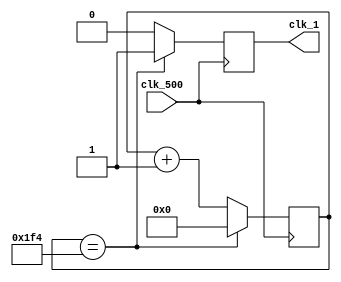
`timescale 1ns / 1ps
//////////////////////////////////////////////////////////////////////////////////
// Company: 
// Engineer: 
// 
// Design Name: 
// Module Name: Lab7
// Project Name: 
// Target Devices: 
// Tool Versions: 
// Description: 
// 
// Dependencies: 
// 
// Revision:
// Revision 0.01 - File Created
// Additional Comments:
// 
//////////////////////////////////////////////////////////////////////////////////
module Clock_divider_1(clk_500,clk_1);
reg [8:0]counter;
input clk_500;
output clk_1;
reg clk_1;

initial begin
counter<=9'b0;
end

always@(posedge clk_500) begin
if (counter==9'd500)
    begin
        counter<=9'b0;
        clk_1=1;
    end
else
    begin
        counter<=counter+1;
        clk_1=0;
    end
end

endmodule

module Clock_divider_500(clk_100M,clk_500);
reg [17:0]counter;
input clk_100M;
output clk_500;
reg clk_500;

initial begin
counter<=18'b0;
end

always@(posedge clk_100M) begin
if (counter==18'd200000)
    begin
        counter<=18'b0;
        clk_500=1;
    end
else
    begin
        counter<=counter+1;
        clk_500=0;
    end
end

endmodule

module four_bit_Ring_Counter(clock, Q);
input clock;
output [3:0] Q;
reg [3:0] Q;
reg [1:0] q;

initial begin
q<=0;
end

always @ (posedge clock)
 q <= q + 1;

always @ (q)
begin
case(q)
    2'b00: Q<=4'b0111;
    2'b01: Q<=4'b1011;
    2'b10: Q<=4'b1101;
    2'b11: Q<=4'b1110;
    default:  Q<=4'b0111;
endcase
end
endmodule

module SSDDriver(Q, Cathodes);
input [3:0]Q;
output reg [6:0] Cathodes; 
reg a,b,c,d,e,f,g;
always @(Q) begin 
case (Q) 
0:  begin a=0;b=0;c=0;d=0;e=0;f=0;g=1; end
1:  begin a=1;b=0;c=0;d=1; e=1; f=1; g=1; end
2:  begin a=0;b=0;d=0;e=0;g=0;c=1; f=1; end
3:  begin a=0;b=0;c=0;d=0;g=0;e=1; f=1; end
4:  begin a=1;b=0;c=0;g=0;e=1; d=1; f=0; end
5:  begin a=0;c=0;d=0;g=0;f=0;b=1; e=1; end
6:  begin a=0;g=0;b=1;c=0;d=0;e=0;f=0; end
7:  begin a=0;b=0;c=0; d=1; e=1; f=1; g=1; end
8:  begin a=0;b=0;c=0;d=0;e=0;f=0; g=0; end
9:  begin a=0;b=0;c=0;f=0;g=0; d=0; e=1; end
default  begin  a=0;b=0;c=0;d=0;e=0;f=0;g=0; end
endcase 
Cathodes={a,b,c,d,e,f,g};
end
endmodule

module Step1timer(clk_1,Q3,Q2,Q1,Q0,over);
input clk_1;
output [3:0]Q3;
output [3:0]Q2;
output [3:0]Q1;
output [3:0]Q0;
output over;
reg [3:0]Q3;
reg [3:0]Q2;
reg [3:0]Q1;
reg [3:0]Q0;
reg [3:0]state;
reg over;



initial begin
state<=4'b0;
over<=0;
end


always @(posedge clk_1)
begin
if(state==4'd8)
        begin
            over=1;
        end
    else
        begin 
            state<=state+4'd1;
        end
end

always@* begin
case(state)
4'd0:  begin Q3=4'b0101; Q2=4'b0001; Q1=4'b0110; Q0=4'b0011; end
4'd1:  begin Q3=4'b0001; Q2=4'b0110; Q1=4'b0011; Q0=4'b0111; end
4'd2:  begin Q0=4'b0000; Q3=4'b0110; Q2=4'b0011; Q1=4'b0111; end
4'd3:  begin Q1=4'b0000; Q0=4'b1001; Q3=4'b0011; Q2=4'b0111; end
4'd4:  begin Q2=4'b0000; Q1=4'b1001; Q0=4'b0001; Q3=4'b0111; end
4'd5:  begin Q3=4'b0000; Q2=4'b1001; Q1=4'b0001; Q0=4'b0000; end
4'd6:  begin Q0=4'b0000; Q3=4'b1001; Q2=4'b0001; Q1=4'b0000; end
4'd7:  begin Q1=4'b0000; Q0=4'b1000; Q3=4'b0001; Q2=4'b0000; end
4'd8:  begin Q2=4'b0000; Q1=4'b1000; Q0=4'b0101; Q3=4'b0000; end
 default begin Q3=4'b0101; Q2=4'b0001; Q1=4'b0110; Q0=4'b0011; end
    endcase
end


endmodule
















module result(ring,Q,Cathodes);
input [3:0] ring;
input [3:0] Q;
output reg [6:0] Cathodes;
wire [6:0] cathodes;
reg [3:0] q;
always @(Q)begin
if (Q[3]==1) q=~Q+4'b0001;
else q=Q;
end
SSDDriver S(q, cathodes);
always @(ring)begin
case (ring) 
4'b0111: Cathodes=7'b1111111;
4'b1011: Cathodes=7'b1111111;
4'b1101: begin
if (Q[3]==1) Cathodes=7'b1111110;
else Cathodes=7'b1111111;
end
4'b1110: Cathodes=cathodes;
default Cathodes=7'b1111111;
endcase 
end
endmodule




module lab7_second(a,b,c,d,clock,ring,enter,Cathodes,overflow);
input clock,a,b,c,d,enter;
input [3:0] ring;
output [6:0] Cathodes;
output overflow;
reg overflow,aa, A, B, C, D;
reg [4:0] K;
initial begin K=5'b00000; {A,B,C,D}=4'b0000; overflow=0; end
always @(posedge enter)begin
if (enter==1)begin
{A,B,C,D}<=K[3:0];
K<={1'b0,K[3:0]}+{1'b0,a,b,c,d};
aa<=a;
end
end
always @(K)
overflow<=K[4]^(K[3]-aa-A);
result R(ring,K[3:0],Cathodes);
endmodule


























module Step1(clk_100M,A0, A1, A2, A3, a,b,c,d,e,f,g,over,in1,in2,in3,in4,enter,overflow);
input clk_100M;
input enter;
input in1,in2,in3,in4;
output A0, A1, A2, A3;
output a,b,c,d,e,f,g;
output over;
output overflow;
wire A0, A1, A2, A3;
wire clk_500,clk_1;
reg a,b,c,d,e,f,g;
wire [3:0]Q3;
wire [3:0]Q2;
wire [3:0]Q1;
wire [3:0]Q0;
wire [6:0]Cathodes0;
wire [6:0]Cathodes1;
wire [6:0]Cathodes2;
wire [6:0]Cathodes3;
wire [6:0]Cathodes;
wire over;
Clock_divider_500 UUT(clk_100M,clk_500);
Clock_divider_1 UUT1(clk_500,clk_1);
four_bit_Ring_Counter UUT2(clk_500,{A0,A1,A2,A3});
Step1timer UUT7(clk_1,Q3,Q2,Q1,Q0,over);
SSDDriver UUT3(Q0,Cathodes0);
SSDDriver UUT4(Q1,Cathodes1);
SSDDriver UUT5(Q2,Cathodes2);
SSDDriver UUT6(Q3,Cathodes3);
lab7_second UUT8 (in1,in2,in3,in4,clk_500,{A0,A1,A2,A3},enter,Cathodes,overflow);
always @({A0, A1, A2, A3}) begin
if ({A0, A1, A2, A3}==4'b0111)
begin
if (over==0)
begin
{a,b,c,d,e,f,g}=Cathodes3;
end
else {a,b,c,d,e,f,g}=7'b1111111;
end
else if ({A0, A1, A2, A3}==4'b1011)
begin
if (over==0)
begin
{a,b,c,d,e,f,g}=Cathodes2;
end
else {a,b,c,d,e,f,g}=7'b1111111;
end
else if ({A0, A1, A2, A3}==4'b1101) 
begin
if (over==0)
begin
{a,b,c,d,e,f,g}=Cathodes1;
end
else {a,b,c,d,e,f,g}=Cathodes;
end
else if ({A0, A1, A2, A3}==4'b1110) 
begin
if (over==0)
begin
{a,b,c,d,e,f,g}=Cathodes0;
end
else {a,b,c,d,e,f,g}=Cathodes;
end
end




endmodule